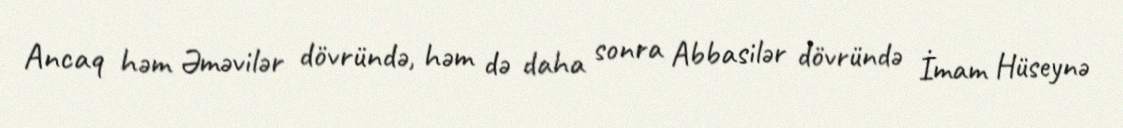
Ancaq həm Əməvilər dövründə, həm də daha sonra Abbasilər dövründə İmam Hüseynə